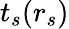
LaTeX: t_{s}(r_{s})